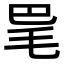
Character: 𣬷